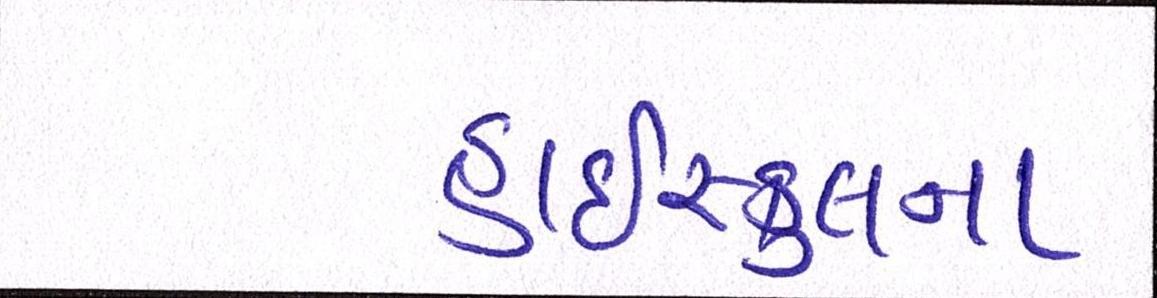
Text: હાઇસ્કુલના